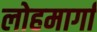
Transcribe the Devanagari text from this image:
लोहमार्गां